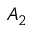
A _ { 2 }